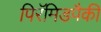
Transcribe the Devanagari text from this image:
पिरॅमिडपैकी